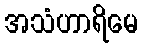
အသံဟာရိမေ